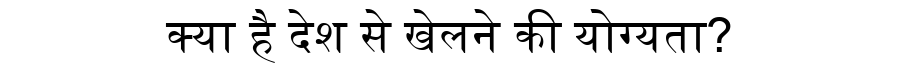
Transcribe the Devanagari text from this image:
क्या है देश से खेलने की योग्यता?